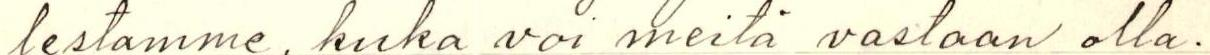
lestamme, kuka voi meitä vastaan olla.